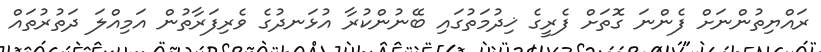
ރައްޔިތުންނަށް ފެންނަ ގޮތަށް ފެރީގެ ޚިދުމަތުގައި ބޭނުންކުރާ އުޅަނދުގެ ވެރިފަރާތުން އަމިއްލަ ދަތުރުތައް